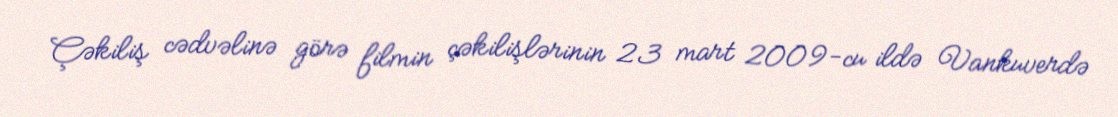
Çəkiliş cədvəlinə görə filmin çəkilişlərinin 23 mart 2009-cu ildə Vankuverdə